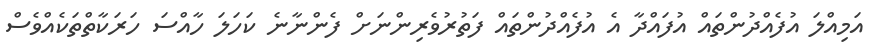
އަމިއްލަ އުފެއްދުންތައް އުފައްދާ އެ އުފެއްދުންތައް ފަތުރުވެރިންނަށް ފެންނާނެ ކަހަލަ ހާއްސަ ހަރަކާތްތަކެއްވެސް